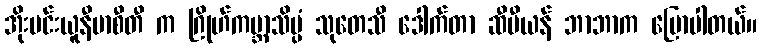
အိုးပင်းယူနီဗာစီတီ က ဂြိုဟ်ကမ္ဘာသိပ္ပံ သုတေသီ ဒေါက်တာ ဆီမီယန် ဘာဘာက ပြောပါတယ်။